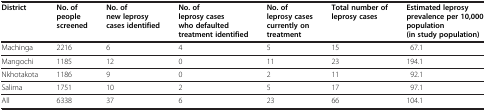
| District | No. of people screened | No. of new leprosy cases identified | No. of leprosy cases who defaulted treatment identified | No. of leprosy cases currently on treatment | Total number of leprosy cases | Estimated leprosy prevalence per 10,000 population (in study population) |
 | --- | --- | --- | --- | --- | --- | --- |
 | Machinga | 2216 | 6 | 4 | 5 | 15 | 67.1 |
 | Mangochi | 1185 | 12 | 0 | 11 | 23 | 194.1 |
 | Nkhotakota | 1186 | 9 | 0 | 2 | 11 | 92.1 |
 | Salima | 1751 | 10 | 2 | 5 | 17 | 97.1 |
 | All | 6338 | 37 | 6 | 23 | 66 | 104.1 |